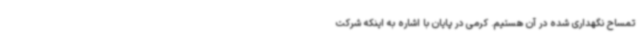
تمساح نگهداری شده در آن هستیم. کرمی در پایان با اشاره به اینکه شرکت